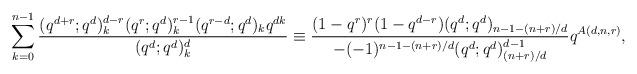
LaTeX: \begin{align*}\sum_{k=0}^{n-1}\frac{(q^{d+r};q^d)_k^{d-r}(q^r;q^d)_k^{r-1}(q^{r-d};q^d)_kq^{dk}}{(q^d;q^d)_k^d}\equiv\frac{(1-q^r)^{r}(1-q^{d-r})(q^d;q^d)_{n-1-(n+r)/d}}{-(-1)^{n-1-(n+r)/d}(q^d;q^d)_{(n+r)/d}^{d-1}}q^{A(d,n,r)},\end{align*}